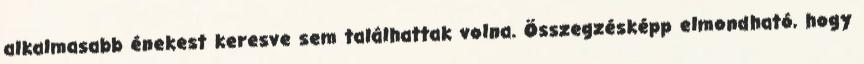
alkalmasabb énekest keresve sem találhattak volna. Összegzésképp elmondható, hogy